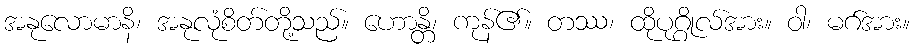
အနုလောမာနိ၊ အနုလုံစိတ်တို့သည်။ ဟောန္တိ၊ ကုန်၏။ တဿ၊ ထိုပုဂ္ဂိုလ်အား။ ဝါ၊ မဂ်အား။